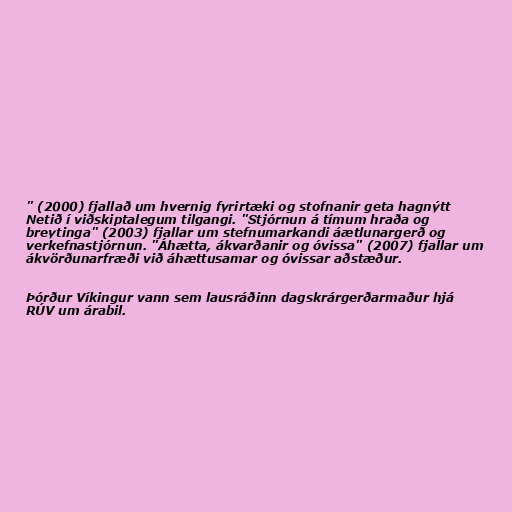
" (2000) fjallað um hvernig fyrirtæki og stofnanir geta hagnýtt
Netið í viðskiptalegum tilgangi. "Stjórnun á tímum hraða og
breytinga" (2003) fjallar um stefnumarkandi áætlunargerð og
verkefnastjórnun. "Áhætta, ákvarðanir og óvissa" (2007) fjallar um
ákvörðunarfræði við áhættusamar og óvissar aðstæður.

Þórður Víkingur vann sem lausráðinn dagskrárgerðarmaður hjá
RÚV um árabil.